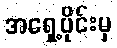
အရှေ့ပိုင်းမှ